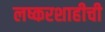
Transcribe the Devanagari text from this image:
लष्करशाहीची